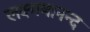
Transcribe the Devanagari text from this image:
लक्ष्मणानन्द